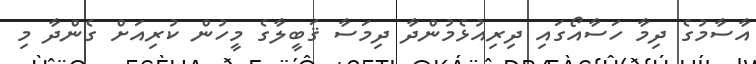
އާސާމުގެ ދިމާ ހަސާއޯގައި ދިރިއުޅެމުންދާ ދިމަސާ ޤަބީލާގެ މީހުން ކުރިއަށް ގެންދާ މި